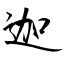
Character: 迦